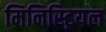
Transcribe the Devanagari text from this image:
मिनिस्ट्रियल